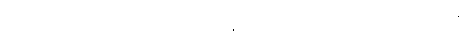
ရတော့မည်အခြေအနေကို မြင်သောကြောင့် တပ်မဆုတ်ဘဲ အယ်လ်အလာမိန်းတွင်ပင် တောင့်ခံရန်